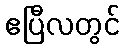
ဧပြီလတွင်